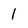
Character: 1